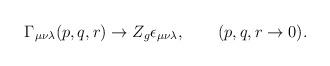
LaTeX: \begin{align*}\Gamma_{\mu\nu\lambda}(p,q,r)\to Z_g \epsilon_{\mu\nu\lambda},\qquad (p,q,r \to 0).\end{align*}